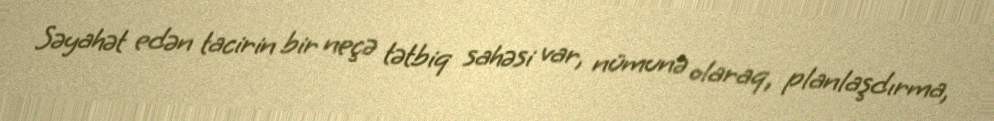
Səyahət edən tacirin bir neçə tətbiq sahəsi var, nümunə olaraq, planlaşdırma,